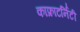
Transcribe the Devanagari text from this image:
काफ्राटर्निटी